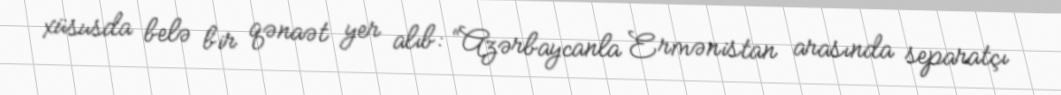
xüsusda belə bir qənaət yer alıb: “Azərbaycanla Ermənistan arasında separatçı